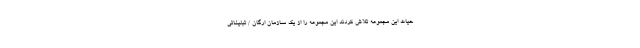
حیات این مجموعه تلاش کردند این مجموعه را از یک سازمان ارگان / تبلیغاتی